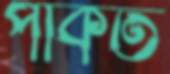
পাকত